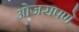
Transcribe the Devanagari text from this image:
ओजसपणे